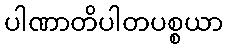
ပါဏာတိပါတပစ္စယာ